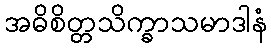
အဓိစိတ္တသိက္ခာသမာဒါနံ